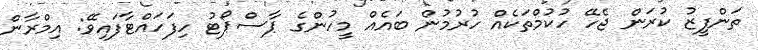
ތަންފީޒު ކުރަން ޖެހޭ ހުކުމްތަކެއް ހުރުމުން ބައެއް މީހުންގެ ޕާސްޕޯޓު ހިފަހައްޓާފައިވޭ: އިމްރާން